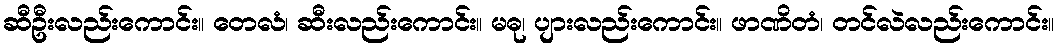
ဆီဦးလည်းကောင်း။ တေလံ၊ ဆီးလည်းကောင်း။ မဓု၊ ပျားလည်းကောင်း။ ဖာဏိတံ၊ တင်လဲလည်းကောင်း။